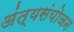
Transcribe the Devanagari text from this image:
अंत्यसंयोजन